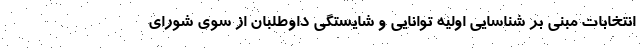
انتخابات مبنی بر شناسایی اولیه توانایی و شایستگی داوطلبان از سوی شورای